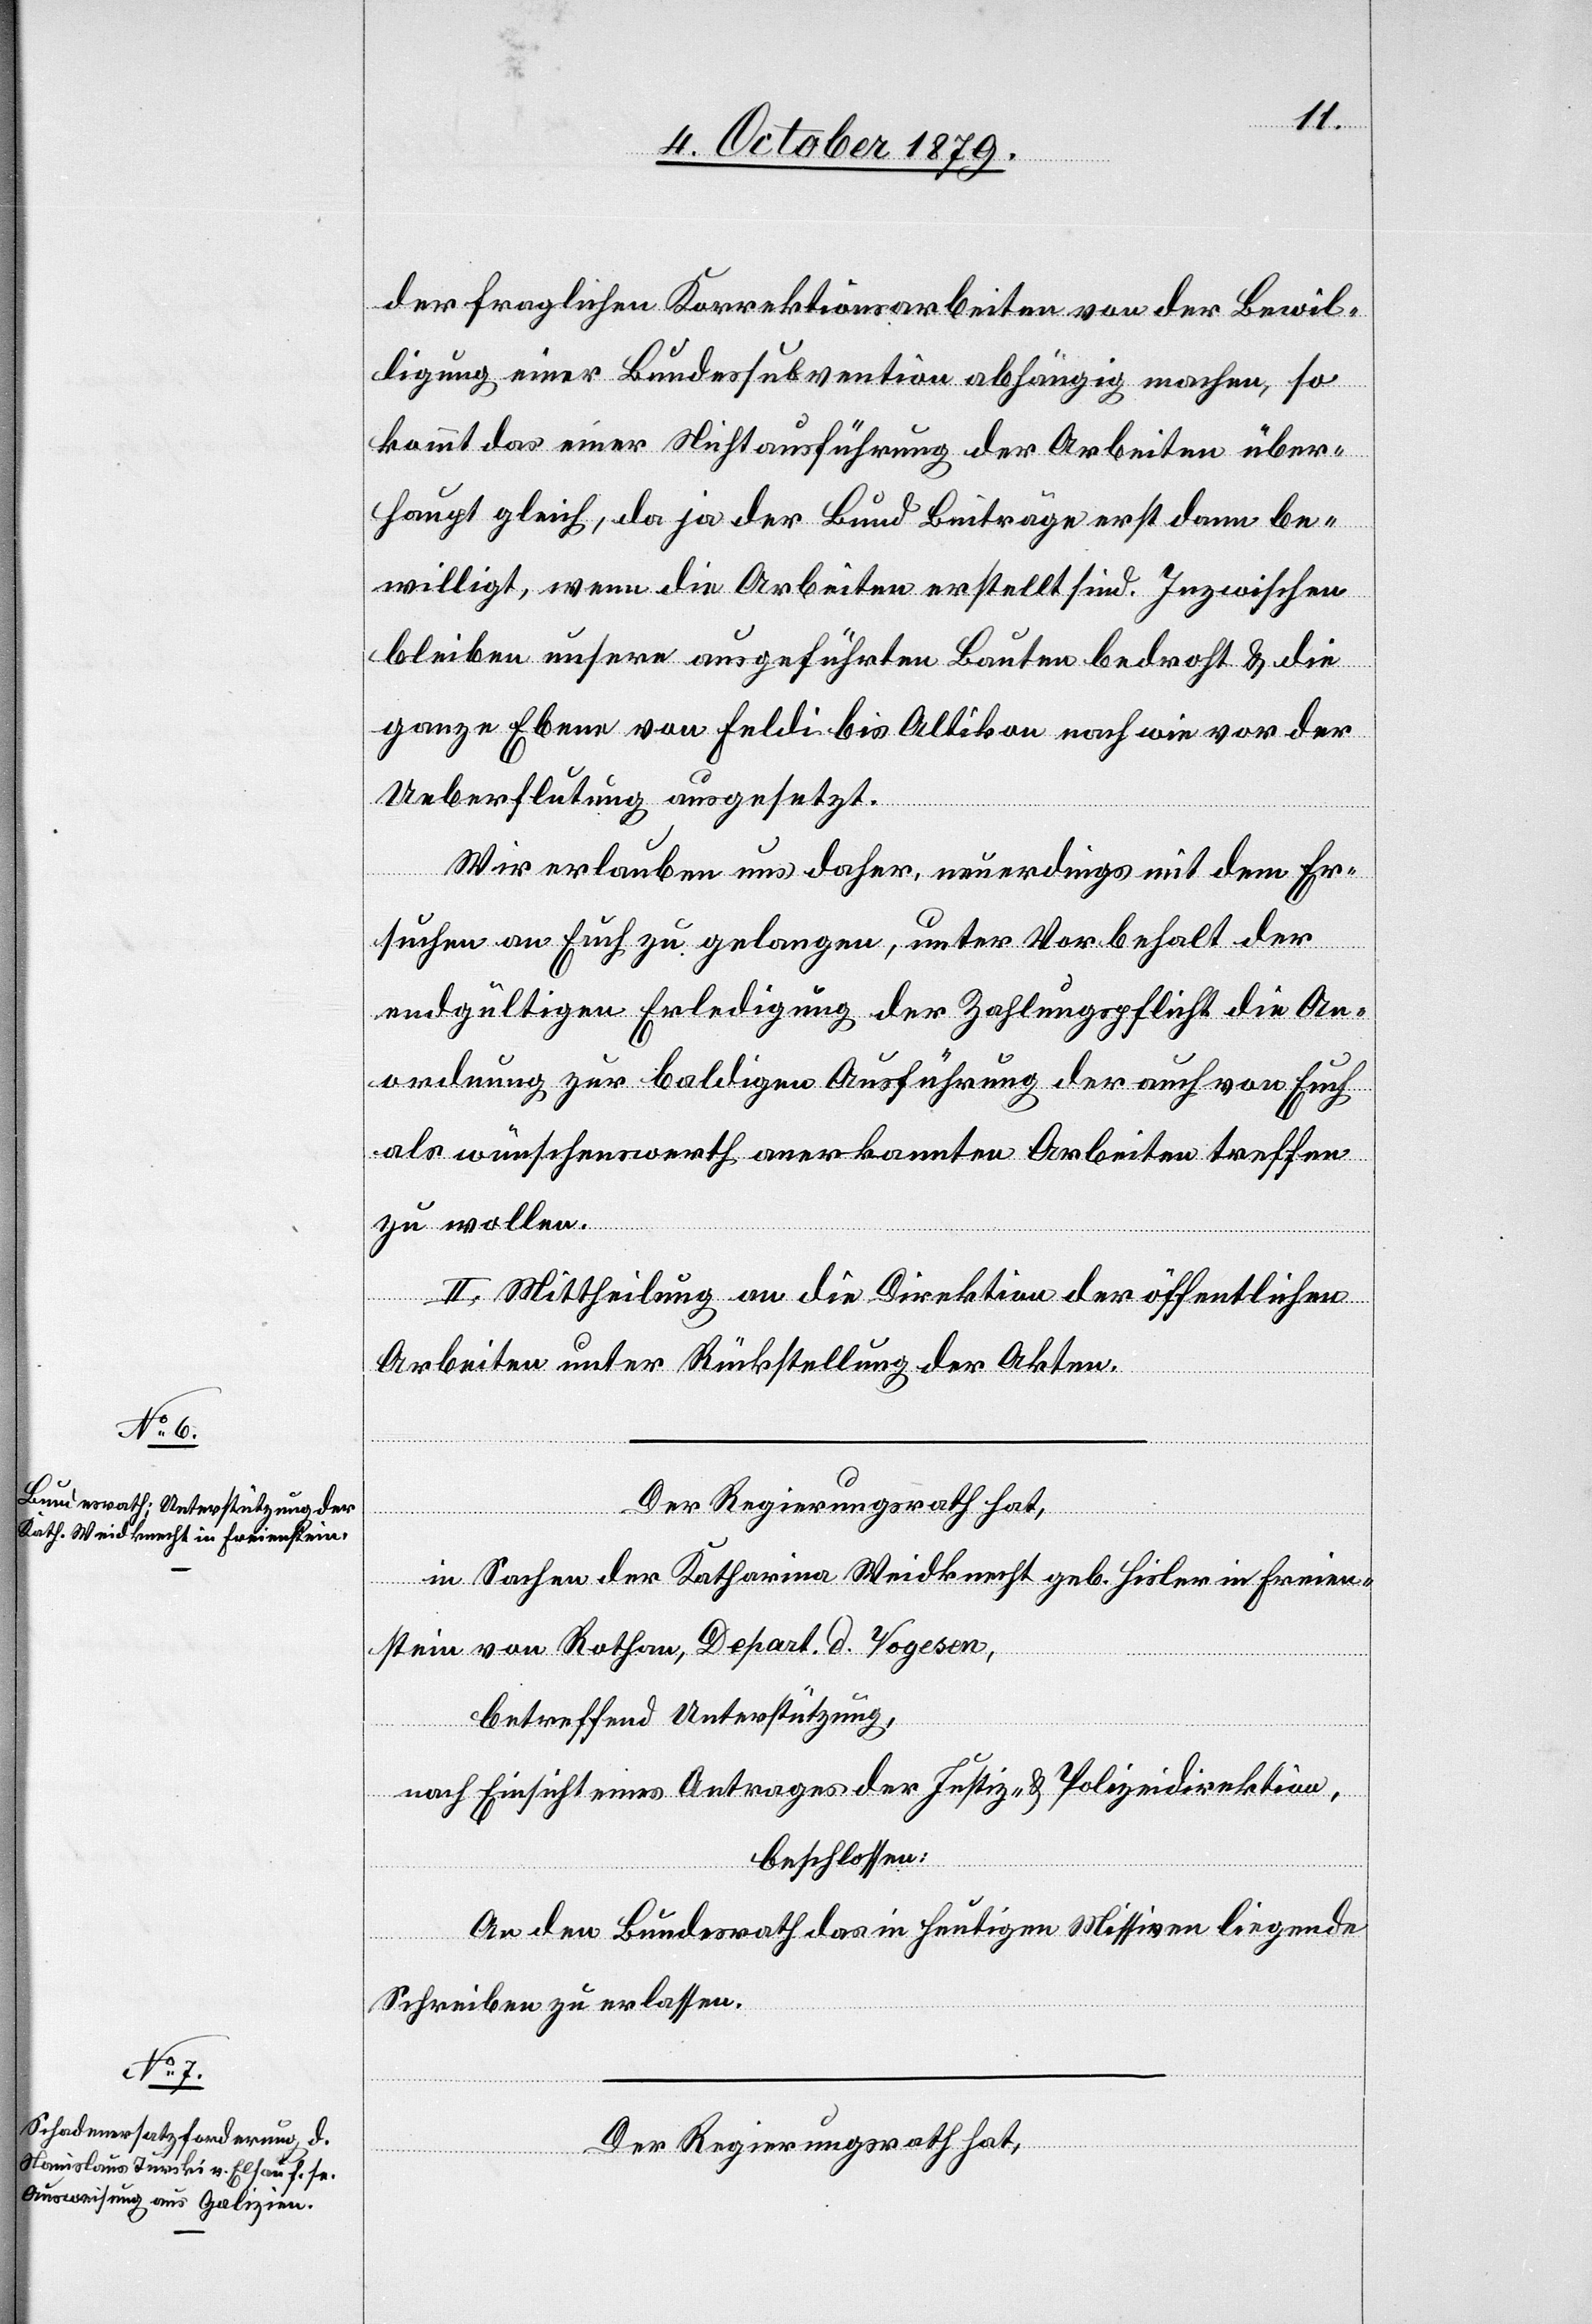
der fraglichen Korrektionsarbeiten von der Bewil¬
ligung einer Bundessubvention abhängig machen, so
kommt das einer Nichtausführung der Arbeiten über¬
haupt gleich, da ja der Bund Beiträge erst dann be¬
willigt, wenn die Arbeiten erstellt sind. Inzwischen
bleiben unsere ausgeführten Bauten bedroht & die
ganze Ebene von Feldi bis Allikon nach wie vor der
Ueberflutung ausgesetzt.
Wir erlauben uns daher, neuerdings mit dem Er¬
suchen an Euch zu gelangen, unter Vorbehalt der
endgültigen Erledigung der Zahlungspflicht die An¬
ordnung zur baldigen Ausführung der auch von Euch
als wünschenswerth anerkannten Arbeiten treffen
zu wollen.
II. Mittheilung an die Direktion der öffentlichen
Arbeiten unter Rückstellung der Akten.
Der Regierungsrath hat,
in Sachen der Katharina Weidknecht geb. Hisler in Freien¬
stein von Rothan, Depart. d. Vogesen,
betreffend Unterstützung,
und Einsicht eines Antrages der Justiz- & Polizeidirektion,
beschlossen:
An den Bundesrath das in heutigen Missiven liegende
Schreiben zu erlassen.
Der Regierungsrath hat,